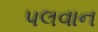
પલવાન